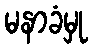
မနာခံမှု